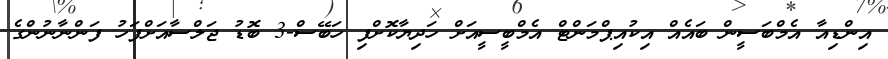
އިންޑިއާ އެމްބަސީން ބައެއް އިކުއިޕްމަންޓް އެމްބީސީއަށް ހަދިޔާކޮށްފި ހަބޭސް-3 ބޮޑު ޖަލްސާއަށްފަހު ފަންނާނުންގެ